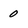
Character: 0